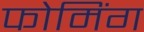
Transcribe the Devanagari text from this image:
फोमिंग